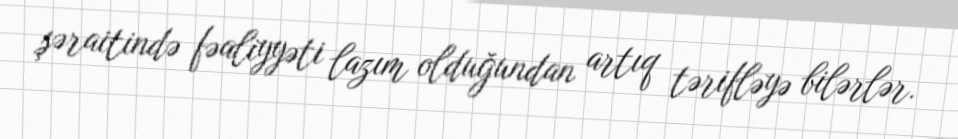
şəraitində fəaliyyəti lazım olduğundan artıq tərifləyə bilərlər.